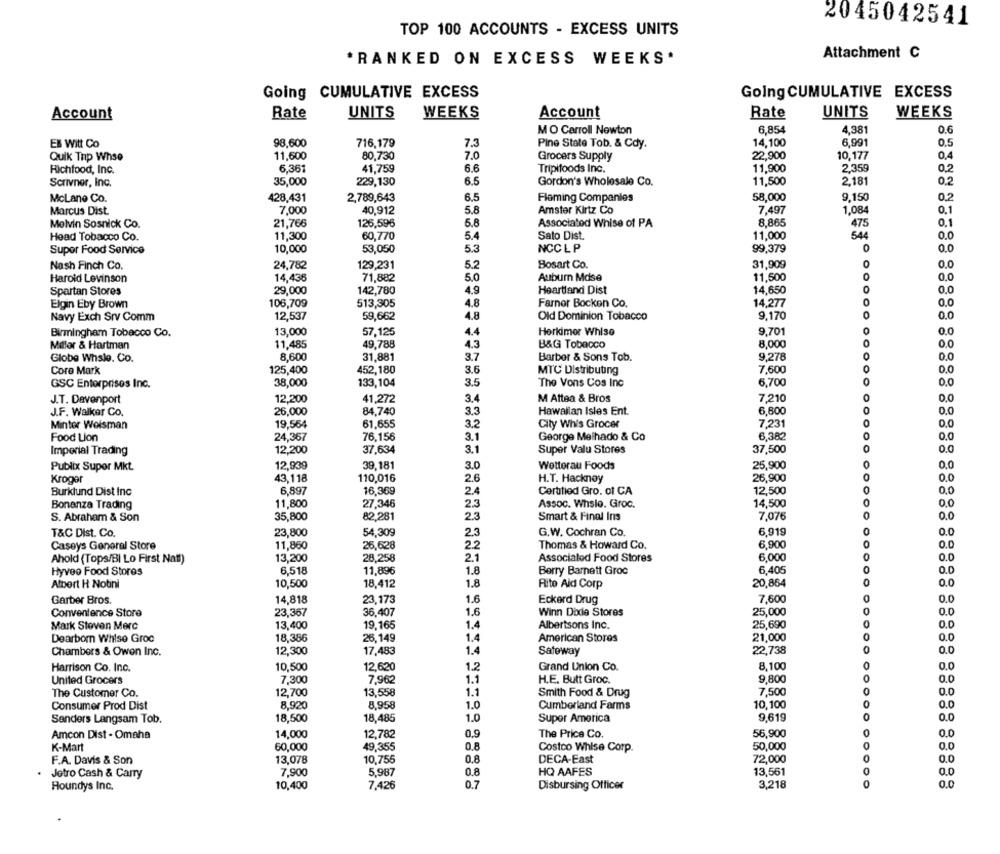
2045042541
TOP 100 ACCOUNTS - EXCESS UNITS
*RANKED ON EXCESS WEEKS.
Attachment C
Going CUMULATIVE EXCESS
Going CUMULATIVE EXCESS
WEEKS
Account
Rate
UNITS
WEEKS
Account
Rate
UNITS
6,854
4,381
0.6
MO Carroll Newton
ER Witt Co
98,600
716,179
7.3
Pine State Tob. & Cdy.
14,100
6,991
0.5
80,730
7.0
22,900
10.177
0.4
Quik Tnp Whse
11,600
Grocers Supply
Richfood, Inc.
6,361
41,759
6.6
Tripifoods Inc.
11,900
2,359
0.2
35,000
11,500
0.2
Scrivner, Inc.
229,130
6.5
Gordon's Wholesale Co.
2,181
McLane Co.
428,431
2,789,643
6.5
Fleming Companies
58,000
9,150
0.2
Marcus Dist.
7,000
40,912
5.8
Amster Kirtz Co
7,497
1,084
0.1
Melvin Sosnick Co.
21,766
126,596
5.8
Associated Whise of PA
8.865
475
0.1
Head Tobacco Co.
11,300
60,770
5.4
Sato Dist.
11,000
544
0.0
10,000
53,050
5.3
NCC L P
99,379
0.0
Supor Food Service
Nash Finch Co.
24,782
129,231
5.2
Bosart Co.
31,909
0.0
Harold Levinson
14,436
71,882
5.0
Auburn Mdse
11,500
0,0
Spartan Stores
29,000
142,780
4.9
Heartland Dist
14,650
0
0.0
Elgin Eby Brown
106,709
513,305
4.8
Farnor Bocken Co.
14,277
0,0
Navy Exch Srv Comm
12,537
59,662
4.8
Old Dominion Tobacco
9,170
0
0.0
Birmingham Tobacco Co.
13,000
57,125
4.4
Herkimer Whise
9.701
0.0
0.0
Millor & Hartman
11,485
49,788
4.3
B&G Tobacco
8,000
Globe Whale. Co.
8,600
31,881
3.7
Barber & Sons Tob.
9,278
0.0
3.6
7,600
0.0
Coro Mark
125,400
452,180
MTC Distributing
GSC Enterprises Inc.
38,000
133,104
3.5
The Vons Cos Inc
6,700
0.0
J.T. Davenport
12,200
41,272
3.4
M Attea & Bros
7,210
0.0
26,000
84,740
Hawallan Isles Ent.
6,600
0.0
J.F. Walker Co.
3.3
Minter Weisman
19,564
61,655
3.2
City Whis Grocer
7.231
0.0
24,367
76,156
3.1
George Melhado & Co
6,382
0.0
Food Lion
Imperial Trading
12,200
37,634
3.1
Super Valu Stores
37,500
0.0
Publix Supor Mkt.
12,939
39,181
3.0
Wetterau Foods
25,900
0.0
Kroger
43,118
110,016
2.6
H.T. Hackney
26,900
0.0
Burklund Dist Inc
6,897
16,369
2.4
Certified Gro. of CA
12,500
0.0
Bonanza Trading
11,800
27,346
2.3
Assoc. Whslo. Groc.
14,500
0.0
S. Abraham & Son
35,800
82,281
2.3
Smart & Final Ins
7,076
0.0
6,919
0
0.0
T&C Dist. Co.
23,800
54,309
2.3
G.W. Cochran Co.
Caseys General Store
11,860
26,628
2.2
Thomas & Howard Co.
6,900
0.0
2.1
6,000
Ahold (Tops/BI Lo First Natl)
13,200
28,258
Associated Food Stores
Hyvee Food Stores
6,518
11,896
1.8
Berry Barnett Groc
6,405
0.0
0.0
Albert H Notini
10,500
18,412
1.8
Rito Ald Corp
20,864
Garber Bros.
14,818
7,600
0.0
23,173
1.6
Eckerd Drug
Convenience Store
23,367
36,407
1.6
Winn Dixde Stores
25,000
0.0
Mark Steven Merc
13,400
1.4
Albertsons Inc.
25,690
0.0
19,165
Dearborn Whise Groc
18,386
26,149
1.4
American Stores
21,000
0.0
12,300
1.4
Safeway
22,738
0.0
Chambers & Owen Inc.
17,483
Harrison Co. Inc.
10,500
12,620
1.2
Grand Union Co.
8,100
0.0
United Grocers
7,300
7,962
1.1
H.E. Butt Groc.
9.800
0.0
The Customer Co.
12,700
13,558
1.1
Smith Food & Drug
7,500
0.0
Consumer Prod Dist
8,920
8,958
1.0
Cumberland Farms
10,100
0
0.0
18,500
1.0
Super America
9,619
0.0
Sanders Langsam Tob.
18,485
Amcon Dist - Omaha
14,000
12,78
The Price Co.
56,900
0.0
K-Mart
60,000
49,355
0.8
Costco Whise Corp
50,000
0.0
F.A. Davis & Son
13,078
10,755
0.8
DECA-East
72,000
0.0
0.0
Jetro Cash & Carry
7,900
5,987
0.8
HQ AAFES
13,561
Houndys Inc.
10,400
7,426
0.7
Disbursing Officer
3,218
0.0